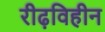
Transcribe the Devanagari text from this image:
रीढ़विहीन